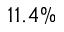
1 1 . 4 \%